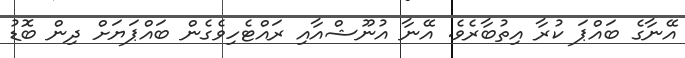
އޭނާގެ ބައްޕަ ކުރާ އިތުބާރެވެ. އޭނާ އުނޫޝްއާއި ރައްޓެހިވެގެން ބައްޕަޔަށް ދިން ބޮޑު